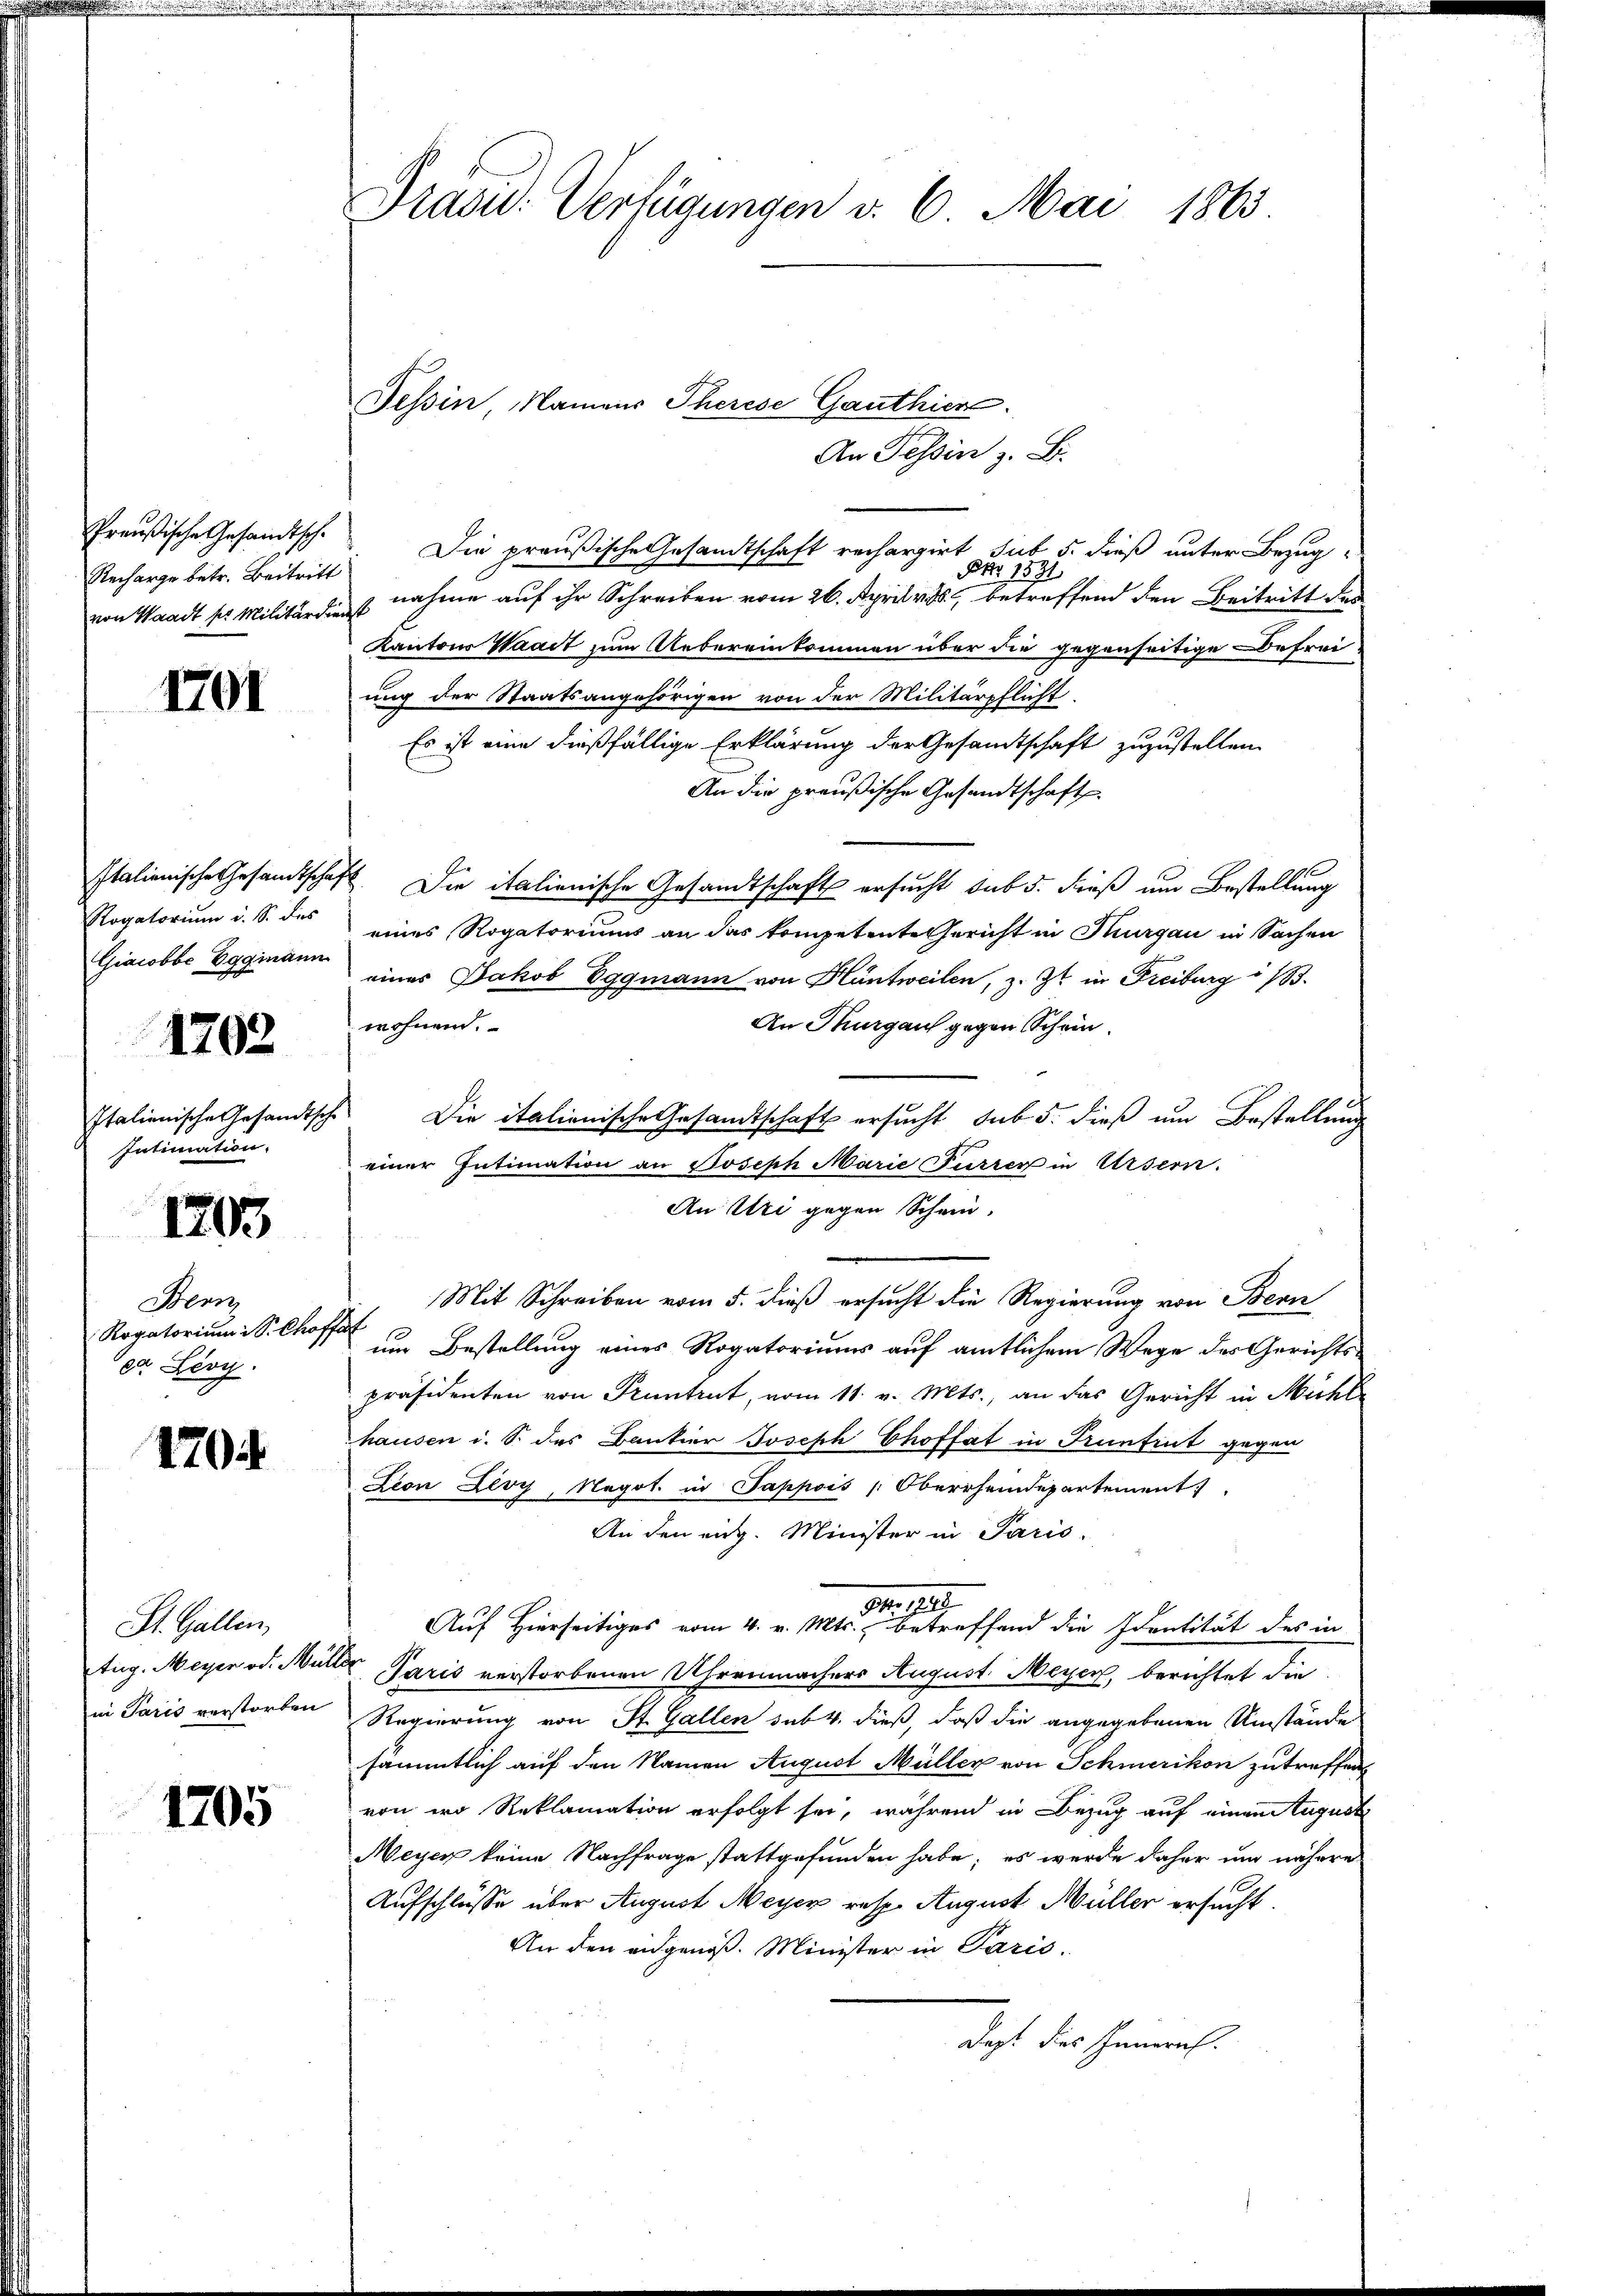
Preußische Gesandtsch¬
Recharge betr. Beitritt
von Waadt ser Militärdienst

1701

Rogatorium d. S. des
Giacobbe Eggmann

1702

Italienische Gesandtsche
Intimation.

1203

Sen
Rogatorium i S. Choffet
er Leoy.

1704

An Tessin z. B.
Die preußische Gesandtschaft rechargirt sub 5. dieß unter Bezug
Nr 1571
nahme auf ihr Schreiben vom 26. April v. M. betreffend den Beitritt der
Kantons Waadt zum Uebereinkommen über die gegenseitige Befrei
ung der Staatsangehörigen von der Militärpflicht
Es ist eine dießfällige Erklärung der Gesandtschaft zuzustellen.
An die preußische Gesandtschaft
Italienische Gesamtschaft. Die italienische Gesandtschaft ersucht sub 5. dieß um Bestellung
eines Rogatoriums an das kompetente Gericht in Thurgau in Sachen
eines Jakob Eggmann von Hüntweilen, z. Zt. in Freiburg i/B.
wohnend.
An Thurgau gegen Schein.
Die italienische Gesandtschaft ersucht sub 5. dieß um Bestellung
einer Intimation an Joseph Marie Furrer in Ursern.
An Uri gegen Schein,
Mit Schreiben vom 5. dieß ersucht die Regierung von Benn
um Bestellung eines Rogatoriums auf amtlichem Wege des Gerichtspräsidenten von Pruntrut, vom 11. v. Mts., an das Gericht in Michle
hausen i. S. des Bantier Joseph Choffat in Pruntrut gegen
ion Levy, Negot. in Pappois Oberrheidepartement
An den eit. Minister in Paris.
Nr. 1910.
Auf Hierseitiges vom 4. v. Mts., betreffend die Identität des in
Paris verstorbenen Uhrenmachers August Meyer, berichtet die
in Paris verstorben Regierung von St. Gallen sub. 4. dieß, daß die angegebenen Umstände
sämmtlich auf den Namen August Müller von Schmerikon zutreffen
von wo Reklamation erfolgt sei, während in Bezug auf einen August
Meyer keine Nachfrage stattgefunden habe; es wurde daher und nähere
Aufschlüsse über August Meyer resp. August Müller ersucht.
An den eidgenoß. Minister in Paris,
dass des General

St. Gallen
tug. Meyer od. Müller

1205

Präsid. Verfügungen d. 6. Mai 1865

Tessin, Namens Therese Ganthier.